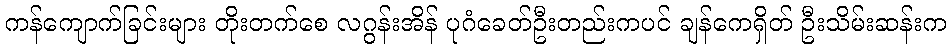
ကန်ကျောက်ခြင်းများ တိုးတက်စေ လဂွန်းအိန် ပုဂံခေတ်ဦးတည်းကပင် ချန်ကေရှိတ် ဦးသိမ်းဆန်းက